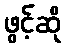
ဖွင့်ဆို